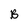
Character: B